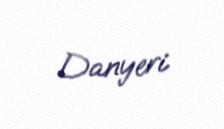
Danyeri